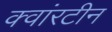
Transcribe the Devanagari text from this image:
क्वांरटीन